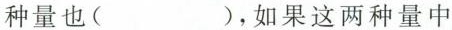
种量也( )，如果这两种量中